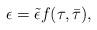
LaTeX: \begin{align*}\epsilon=\tilde{\epsilon}f(\tau,\bar{\tau}),\end{align*}